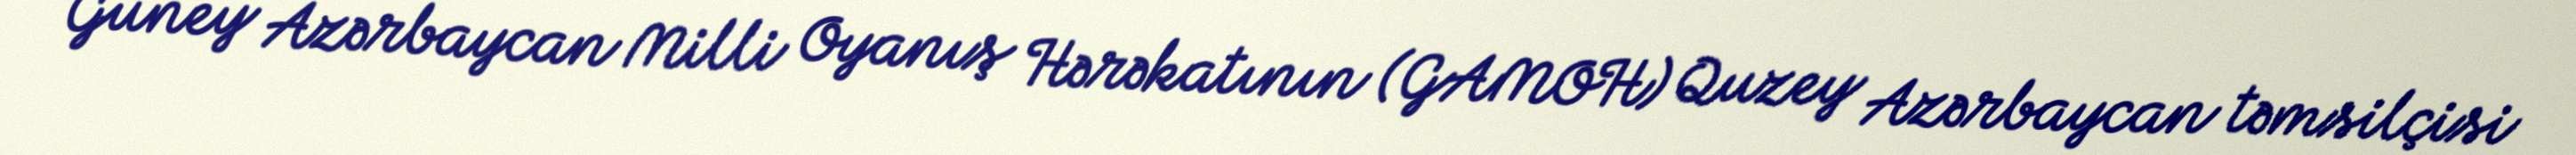
Güney Azərbaycan Milli Oyanış Hərəkatının (GAMOH) Quzey Azərbaycan təmsilçisi